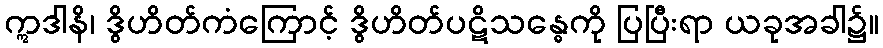
ဣဒါနိ၊ ဒွိဟိတ်ကံကြောင့် ဒွိဟိတ်ပဋိသန္ဓေကို ပြပြီးရာ ယခုအခါ၌။